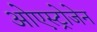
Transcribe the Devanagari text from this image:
ओएस्ट्रोजेन